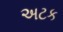
અટક